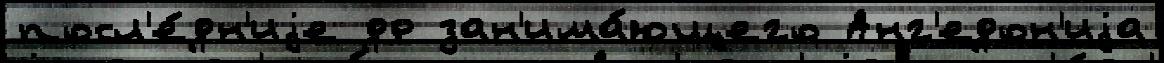
посл'е́дн'иjе др зан'има́ющего Анг'едон'иjа